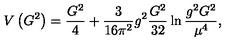
V \left( G ^ { 2 } \right) = \frac { G ^ { 2 } } 4 + \frac 3 { 1 6 \pi ^ { 2 } } g ^ { 2 } \frac { G ^ { 2 } } { 3 2 } \ln \frac { g ^ { 2 } G ^ { 2 } } { \mu ^ { 4 } } ,